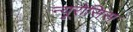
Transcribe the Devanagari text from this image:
न्यूरोसिस